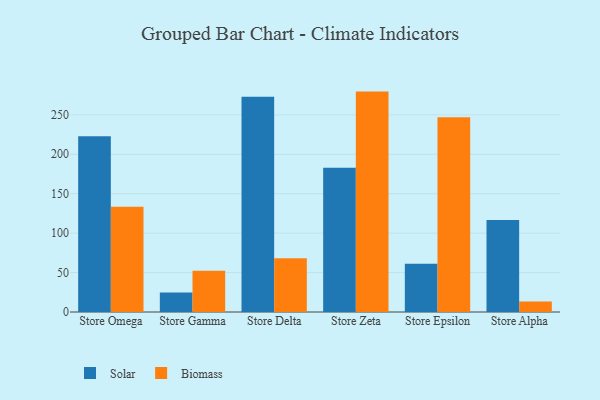
{"axis": {"x": "Store", "y": "Backlog"}, "legend": ["Biomass", "Solar"], "data": [{"x": "Store Omega", "y": 223.0, "type": "Solar"}, {"x": "Store Omega", "y": 133.5, "type": "Biomass"}, {"x": "Store Gamma", "y": 24.8, "type": "Solar"}, {"x": "Store Gamma", "y": 52.3, "type": "Biomass"}, {"x": "Store Delta", "y": 273.0, "type": "Solar"}, {"x": "Store Delta", "y": 68.2, "type": "Biomass"}, {"x": "Store Zeta", "y": 182.8, "type": "Solar"}, {"x": "Store Zeta", "y": 279.5, "type": "Biomass"}, {"x": "Store Epsilon", "y": 61.3, "type": "Solar"}, {"x": "Store Epsilon", "y": 247.1, "type": "Biomass"}, {"x": "Store Alpha", "y": 116.6, "type": "Solar"}, {"x": "Store Alpha", "y": 13.3, "type": "Biomass"}]}